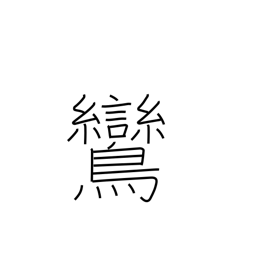
Meaning: fabulous mythical bird